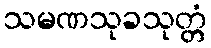
သမဏသုခသုတ္တံ